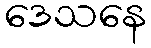
ဒေသနေ